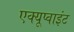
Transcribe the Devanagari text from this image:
एक्यूप्वाइंट